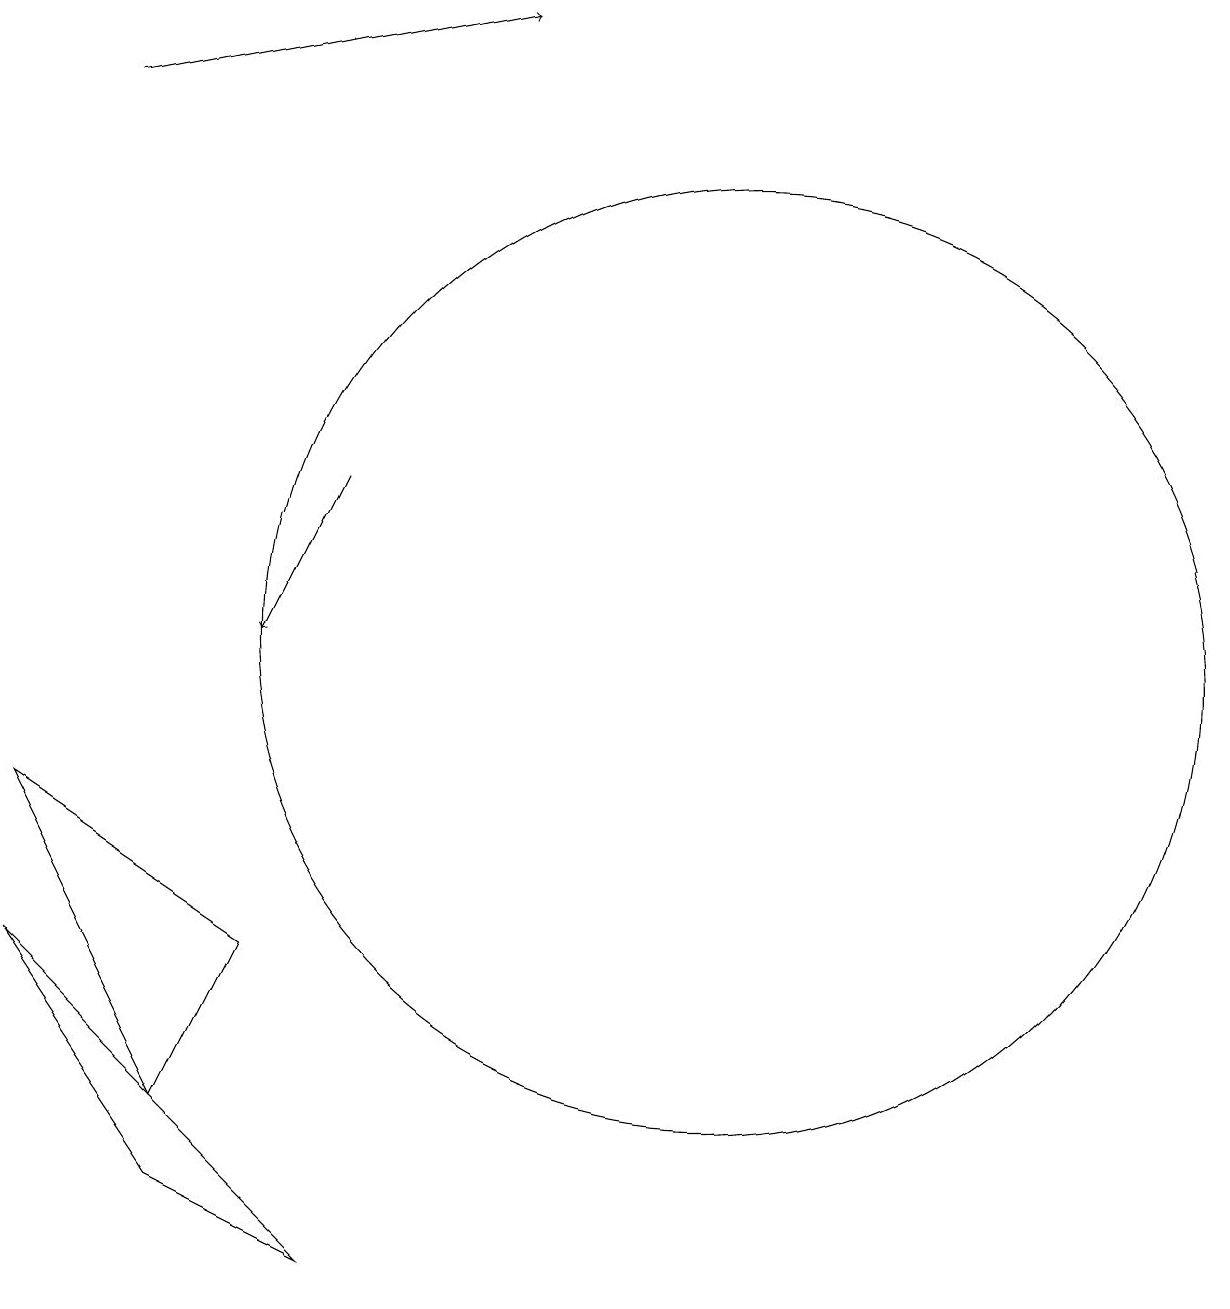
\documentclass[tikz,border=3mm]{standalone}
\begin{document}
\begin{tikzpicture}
\draw (11,11) circle (6);
\draw (4,4) -- (6,3) -- (2,7) -- cycle;
\draw (4,5) -- (5,7) -- (2,9) -- cycle;
\draw[->] (3,18) -- (8,19);
\draw[->] (6,13) -- (5,11);
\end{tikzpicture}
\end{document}